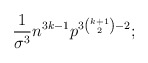
\begin{align*}\frac{1}{\sigma^3}n^{3k-1}p^{3\binom{k+1}{2}-2};\end{align*}